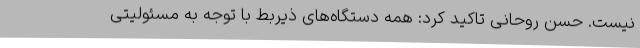
نیست. حسن روحانی تاکید کرد: همه دستگاه‌های ذیربط با توجه به مسئولیتی